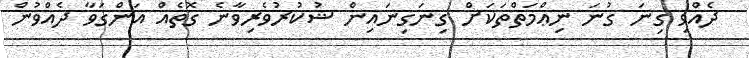
ދެއްވި ގިނަ ގުނަ ނިޢްމަތްތަކަށް ގިނަގިނައިން ޝުކުރުވެރިވާނެ ގޮތެއް އަންގަވާ ދެއްވުން